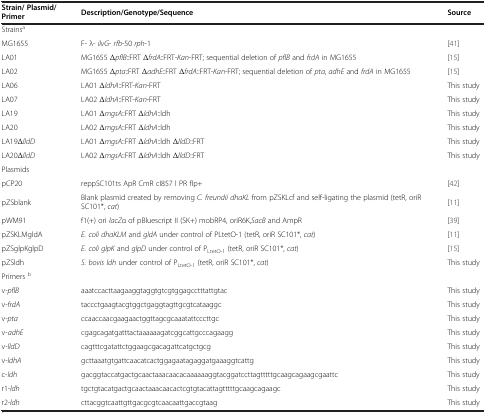
<table><thead><tr><td><b>Strain/ Plasmid/Primer</b></td><td><b>Description/Genotype/Sequence</b></td><td><b>Source</b></td></tr></thead><tbody><tr><td>Strains<sup>a</sup></td><td> </td><td> </td></tr><tr><td>MG1655</td><td>F- λ- <i>ilvG</i>- <i>rfb</i>-50 <i>rph</i>-1</td><td>[41]</td></tr><tr><td>LA01</td><td>MG1655 Δ<i>pflB</i>::FRT Δ<i>frdA</i>::FRT-<i>Kan</i>-FRT; sequential deletion of <i>pflB</i> and <i>frdA</i> in MG1655</td><td>[15]</td></tr><tr><td>LA02</td><td>MG1655 Δ<i>pta</i>::FRT Δ<i>adhE</i>::FRT Δ<i>frdA</i>::FRT-<i>Kan</i>-FRT; sequential deletion of <i>pta</i>, <i>adhE</i> and <i>frdA</i> in MG1655</td><td>[15]</td></tr><tr><td>LA06</td><td>LA01 Δ<i>ldhA</i>::FRT-<i>Kan</i>-FRT</td><td>This study</td></tr><tr><td>LA07</td><td>LA02 Δ<i>ldhA</i>::FRT-<i>Kan</i>-FRT</td><td>This study</td></tr><tr><td>LA19</td><td>LA01 Δ<i>mgsA</i>::FRT Δ<i>ldhA</i>::ldh</td><td>This study</td></tr><tr><td>LA20</td><td>LA02 Δ<i>mgsA</i>::FRT Δ<i>ldhA</i>::ldh</td><td>This study</td></tr><tr><td>LA19Δ<i>lldD</i></td><td>LA01 Δ<i>mgsA</i>::FRT Δ<i>ldhA</i>::ldh Δ<i>lldD</i>::FRT</td><td>This study</td></tr><tr><td>LA20Δ<i>lldD</i></td><td>LA02 Δ<i>mgsA</i>::FRT Δ<i>ldhA</i>::ldh Δ<i>lldD</i>::FRT</td><td>This study</td></tr><tr><td>Plasmids</td><td> </td><td> </td></tr><tr><td>pCP20</td><td>reppSC101ts ApR CmR cI857 l PR flp+</td><td>[42]</td></tr><tr><td>pZSblank</td><td>Blank plasmid created by removing <i>C. freundii dhaKL</i> from pZSKLcf and self-ligating the plasmid (tetR, oriR SC101*, <i>cat</i>)</td><td>[11]</td></tr><tr><td>pWM91</td><td>f1(+) ori <i>lacZ</i>α of pBluescript II (SK+) mobRP4, oriR6K,<i>SacB</i> and AmpR</td><td>[39]</td></tr><tr><td>pZSKLMgldA</td><td><i>E. coli dhaKLM</i> and <i>gldA</i> under control of PLtetO-1 (tetR, oriR SC101*, <i>cat</i>)</td><td>[11]</td></tr><tr><td>pZSglpKglpD</td><td><i>E. coli glpK</i> and <i>glpD</i> under control of P<sub>LtetO-1</sub> (tetR, oriR SC101*, <i>cat</i>)</td><td>[15]</td></tr><tr><td>pZSldh</td><td><i>S. bovis ldh</i> under control of P<sub>LtetO-1</sub> (tetR, oriR SC101*, <i>cat</i>)</td><td>This study</td></tr><tr><td>Primers <sup>b</sup></td><td> </td><td> </td></tr><tr><td>v-<i>pflB</i></td><td>aaatccacttaagaaggtaggtgtcgtggagcctttattgtac</td><td>This study</td></tr><tr><td>v-<i>frdA</i></td><td>taccctgaagtacgtggctgaggtagttgcgtcataaggc</td><td>This study</td></tr><tr><td>v-<i>pta</i></td><td>ccaaccaacgaagaactggttagcgcaaatattcccttgc</td><td>This study</td></tr><tr><td>v-<i>adhE</i></td><td>cgagcagatgatttactaaaaaagatcggcattgcccagaagg</td><td>This study</td></tr><tr><td>v-<i>lldD</i></td><td>cagtttcgatattctggaagcgacagattcatgctgcg</td><td>This study</td></tr><tr><td>v-<i>ldhA</i></td><td>gcttaaatgtgattcaacatcactggagaatagaggatgaaaggtcattg</td><td>This study</td></tr><tr><td>c-<i>ldh</i></td><td>gacggtaccatgactgcaactaaacaacacaaaaaaggtacggatccttagtttttgcaagcagaagcgaattc</td><td>This study</td></tr><tr><td>r1-<i>ldh</i></td><td>tgctgtacatgactgcaactaaacaacactcgtgtacattagtttttgcaagcagaagc</td><td>This study</td></tr><tr><td>r2-<i>ldh</i></td><td>cttacggtcaattgttgacgcgtcaacaattgaccgtaag</td><td>This study</td></tr></tbody></table>